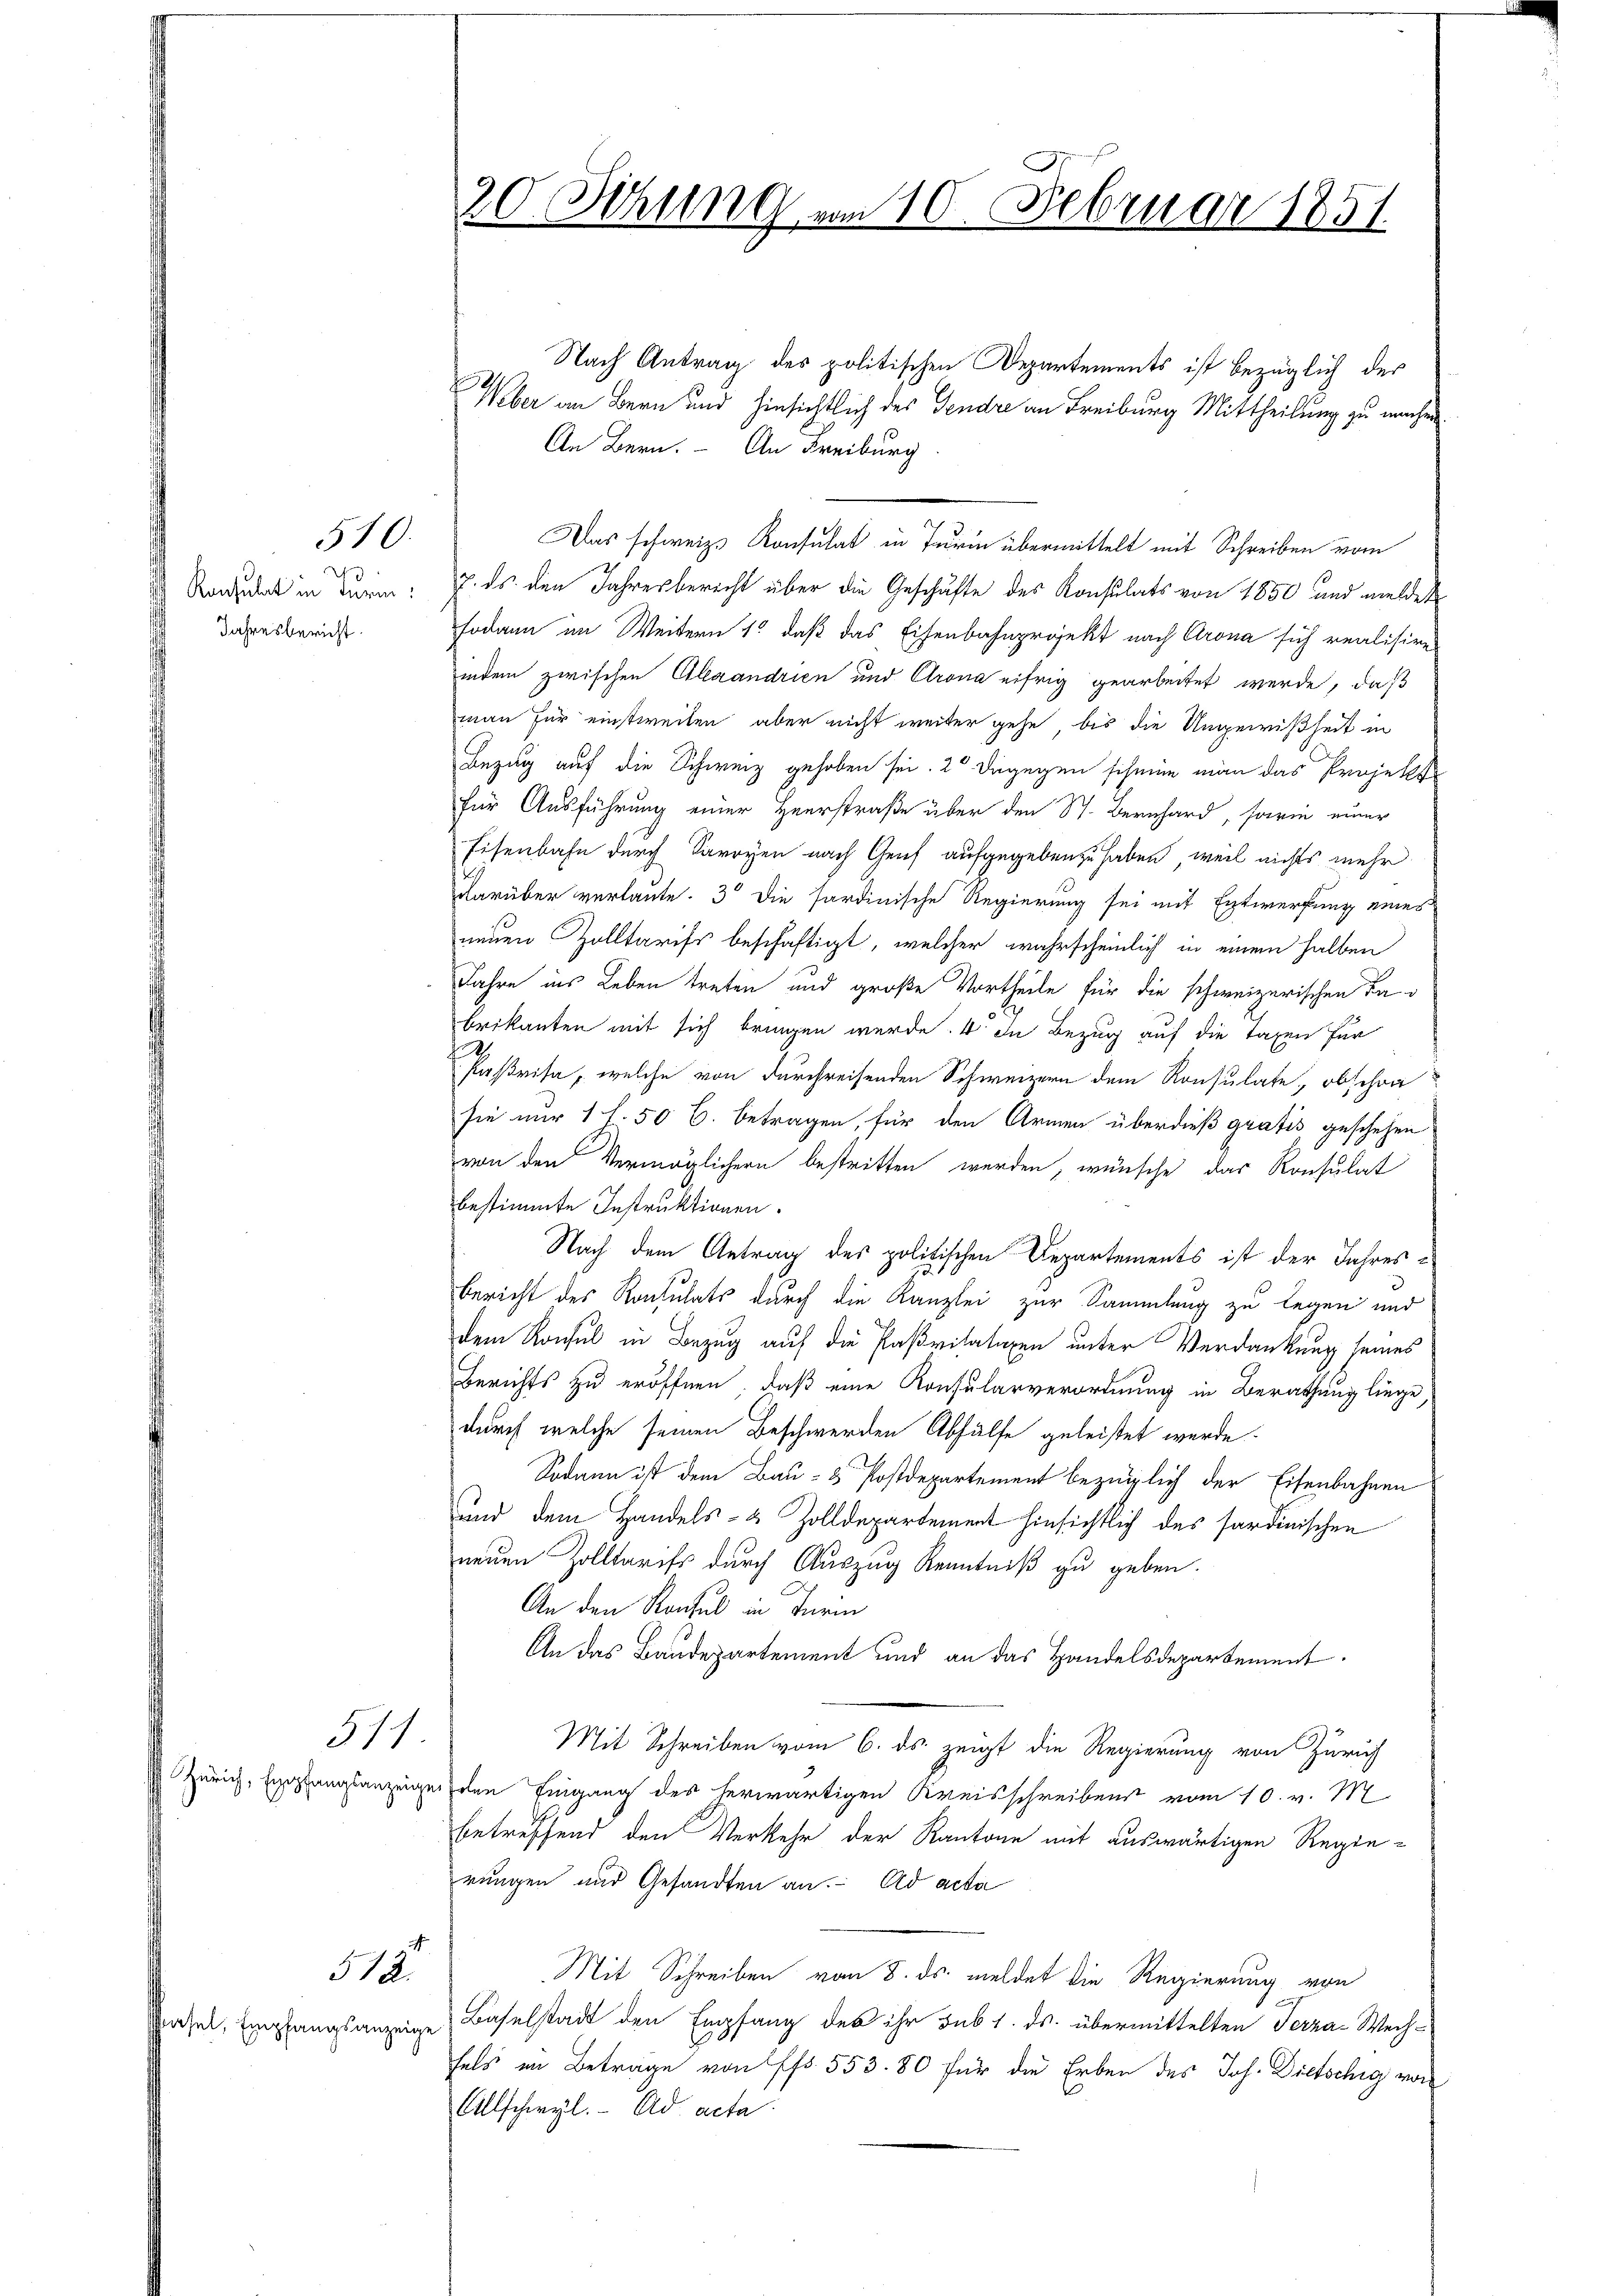
2
Konsulat in Turm:
Jahresbericht

510.

311

12

Basel, Empfangsanzeige

Nach Antrag des politischen Departements ist bezüglich der
Weber an Bern und hinsichtlich des Fendre an Freiburg Mittheilung zu machen
An Bern. An Freiburg
Das schweiz. Konsulat in Turm übermittelt mit Schreiben vom
7. ds. den Jahresberecht über die Geschäfte des Konsulats von 1850 und meldet
sodann im Weitern 15 daß das Eisenbahnprojekt nach Crona sich realisiren
indem zwischen Alexandrien und Crona eifrig gearbeitet werde, daß
man für einstweilen, aber nicht weiter gehe, bis die Ungewißheit in
Bezug auf die Schweiz gehoben sei. 2° dagegen scheine man das Projekt
für Ausführung einer Heerstraße über den St. Bernhard, sowie einer
Eisenbahn durch Sarryen nach Genf aufgegeben zu haben, weil nichts mehr
darüber verlaute. 3 die sardinische Regierung sei mit Entwerfung eines
neuen Zolltarifs beschäftigt, welcher wahrscheinlich in einen halben
Jahre ins Leben treten und große Vortheile für die schweizerischen Tabrikanten mit sich bringen werde. 4 In Bezug auf die Taxen für
d
Paßrisa, welche von durchreisenden Schweizern dem Konsulate, obschon
sie nur 1 l. 50 l. betragen, für den Armen überdieß gratis geschehen
von den Vermöglichern bestritten werden, wünsche das Konsulat
bestimmte Instruktionen.
Nach dem Antrag des politischen Departements ist der Jahres¬
Bericht des Konsulats durch die Kanzlei zur Sammlung zu legen und
dem Konsul in Bezug auf die Paßritatiren unter Verdankung seines
Berichts zu eröffnen, daß eine Konsularverordnung in Berathung liege,
durch welche seinen Beschwerden Abhülfe geleistet wurde.
Sodann ist dem Bau- & Postdepartement bezüglich der Eisenbahnen
uund dem Handels- & Zolldepartement hinsichtlich des fordinischen
neuen Zolltarifs durch Auszug Kenntniß zu geben.
An den Konsul in Turin
An das Baudepartement und an das Handelsdepartement.
Mit Schreiben vom 6. ds. zeigt die Regierung von Zürich
Zürich, Egopfangsanzeiger oben Eingang des herwärtigen Kreisschreibens vom 10. v. M
betreffend den Verkehr der Kantone mit auswärtigen Regierungen aus Gesandten an. ad acta
Mit Schreiben vom 8. ds. meldet die Regierung von
Baselstadt den Empfang des ihr sub 1. ds. übermittelten Terza-Wechfels im Beträge von Pfr. 553. 80 für die Erben des Joh. Dietschig von
Allschwyl. Ad acta

20 Sitzung vom 10. Februar 1857.

.